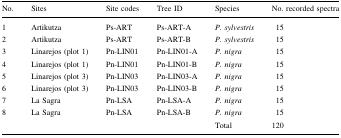
<table><thead><tr><td><b>No.</b></td><td><b>Sites</b></td><td><b>Site codes</b></td><td><b>Tree ID</b></td><td><b>Species</b></td><td><b>No. recorded spectra</b></td></tr></thead><tbody><tr><td>1</td><td>Artikutza</td><td>Ps-ART</td><td>Ps-ART-A</td><td><i>P. sylvestris</i></td><td>15</td></tr><tr><td>2</td><td>Artikutza</td><td>Ps-ART</td><td>Ps-ART-B</td><td><i>P. sylvestris</i></td><td>15</td></tr><tr><td>3</td><td>Linarejos (plot 1)</td><td>Pn-LIN01</td><td>Pn-LIN01-A</td><td><i>P. nigra</i></td><td>15</td></tr><tr><td>4</td><td>Linarejos (plot 1)</td><td>Pn-LIN01</td><td>Pn-LIN01-B</td><td><i>P. nigra</i></td><td>15</td></tr><tr><td>5</td><td>Linarejos (plot 3)</td><td>Pn-LIN03</td><td>Pn-LIN03-A</td><td><i>P. nigra</i></td><td>15</td></tr><tr><td>6</td><td>Linarejos (plot 3)</td><td>Pn-LIN03</td><td>Pn-LIN03-B</td><td><i>P. nigra</i></td><td>15</td></tr><tr><td>7</td><td>La Sagra</td><td>Pn-LSA</td><td>Pn-LSA-A</td><td><i>P. nigra</i></td><td>15</td></tr><tr><td>8</td><td>La Sagra</td><td>Pn-LSA</td><td>Pn-LSA-B</td><td><i>P. nigra</i></td><td>15</td></tr><tr><td></td><td></td><td></td><td></td><td>Total</td><td>120</td></tr></tbody></table>